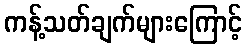
ကန့်သတ်ချက်များကြောင့်